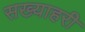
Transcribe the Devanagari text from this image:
सख्याहरी